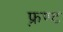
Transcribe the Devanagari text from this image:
फ़्रण्ट